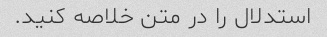
استدلال را در متن خلاصه کنید.